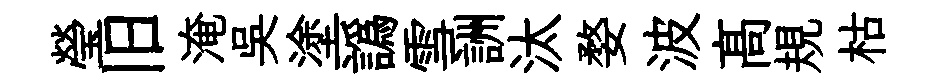
瑩旧淹吳塗譌雪詶汰婺波髙規枯